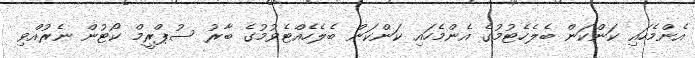
އެންމެހައި ކަންކަން ބެލެހެޓުމުގެ އެންމެހައި ކަންކަން ބެލެހެއްޓެވުމުގެ ބާރު ސުޕްރީމް ކޯޓުން ނެރުއްވި